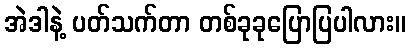
အဲဒါနဲ့ ပတ်သက်တာ တစ်ခုခုပြောပြပါလား။